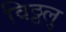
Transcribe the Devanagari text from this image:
विठ्ठलु